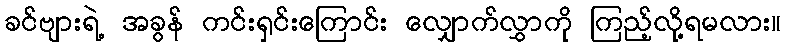
ခင်ဗျားရဲ့ အခွန် ကင်းရှင်းကြောင်း လျှောက်လွှာကို ကြည့်လို့ရမလား။